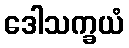
ဒေါသက္ခယံ